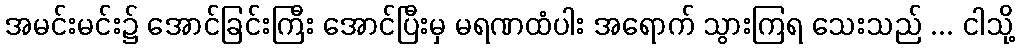
အမင်းမင်း၌ အောင်ခြင်းကြီး အောင်ပြီးမှ မရဏထံပါး အရောက် သွားကြရ သေးသည် ... ငါသို့